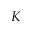
{ \cal K }